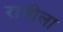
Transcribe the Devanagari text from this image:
रात्रीला